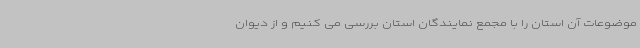
موضوعات آن استان را با مجمع نمایندگان استان بررسی می کنیم و از دیوان